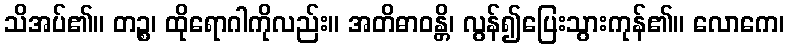
သိအပ်၏။ တဉ္စ၊ ထိုရောဂါကိုလည်း။ အတိဓာဝန္တိ၊ လွန်၍ပြေးသွားကုန်၏။ လောကေ၊